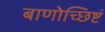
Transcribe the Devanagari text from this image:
बाणोच्छिष्टं